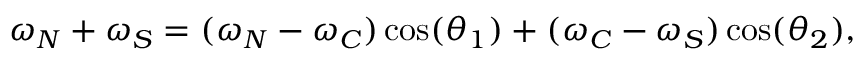
\omega _ { N } + \omega _ { S } = ( \omega _ { N } - \omega _ { C } ) \cos ( \theta _ { 1 } ) + ( \omega _ { C } - \omega _ { S } ) \cos ( \theta _ { 2 } ) ,